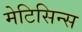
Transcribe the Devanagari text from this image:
मेटिसिन्स